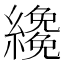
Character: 𦆵